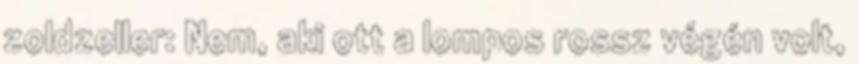
zoldzeller: Nem, aki ott a lompos rossz végén volt,